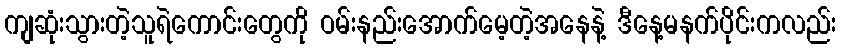
ကျဆုံးသွားတဲ့သူရဲကောင်းတွေကို ဝမ်းနည်းအောက်မေ့တဲ့အနေနဲ့ ဒီနေ့မနက်ပိုင်းကလည်း